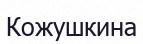
Кожушкина